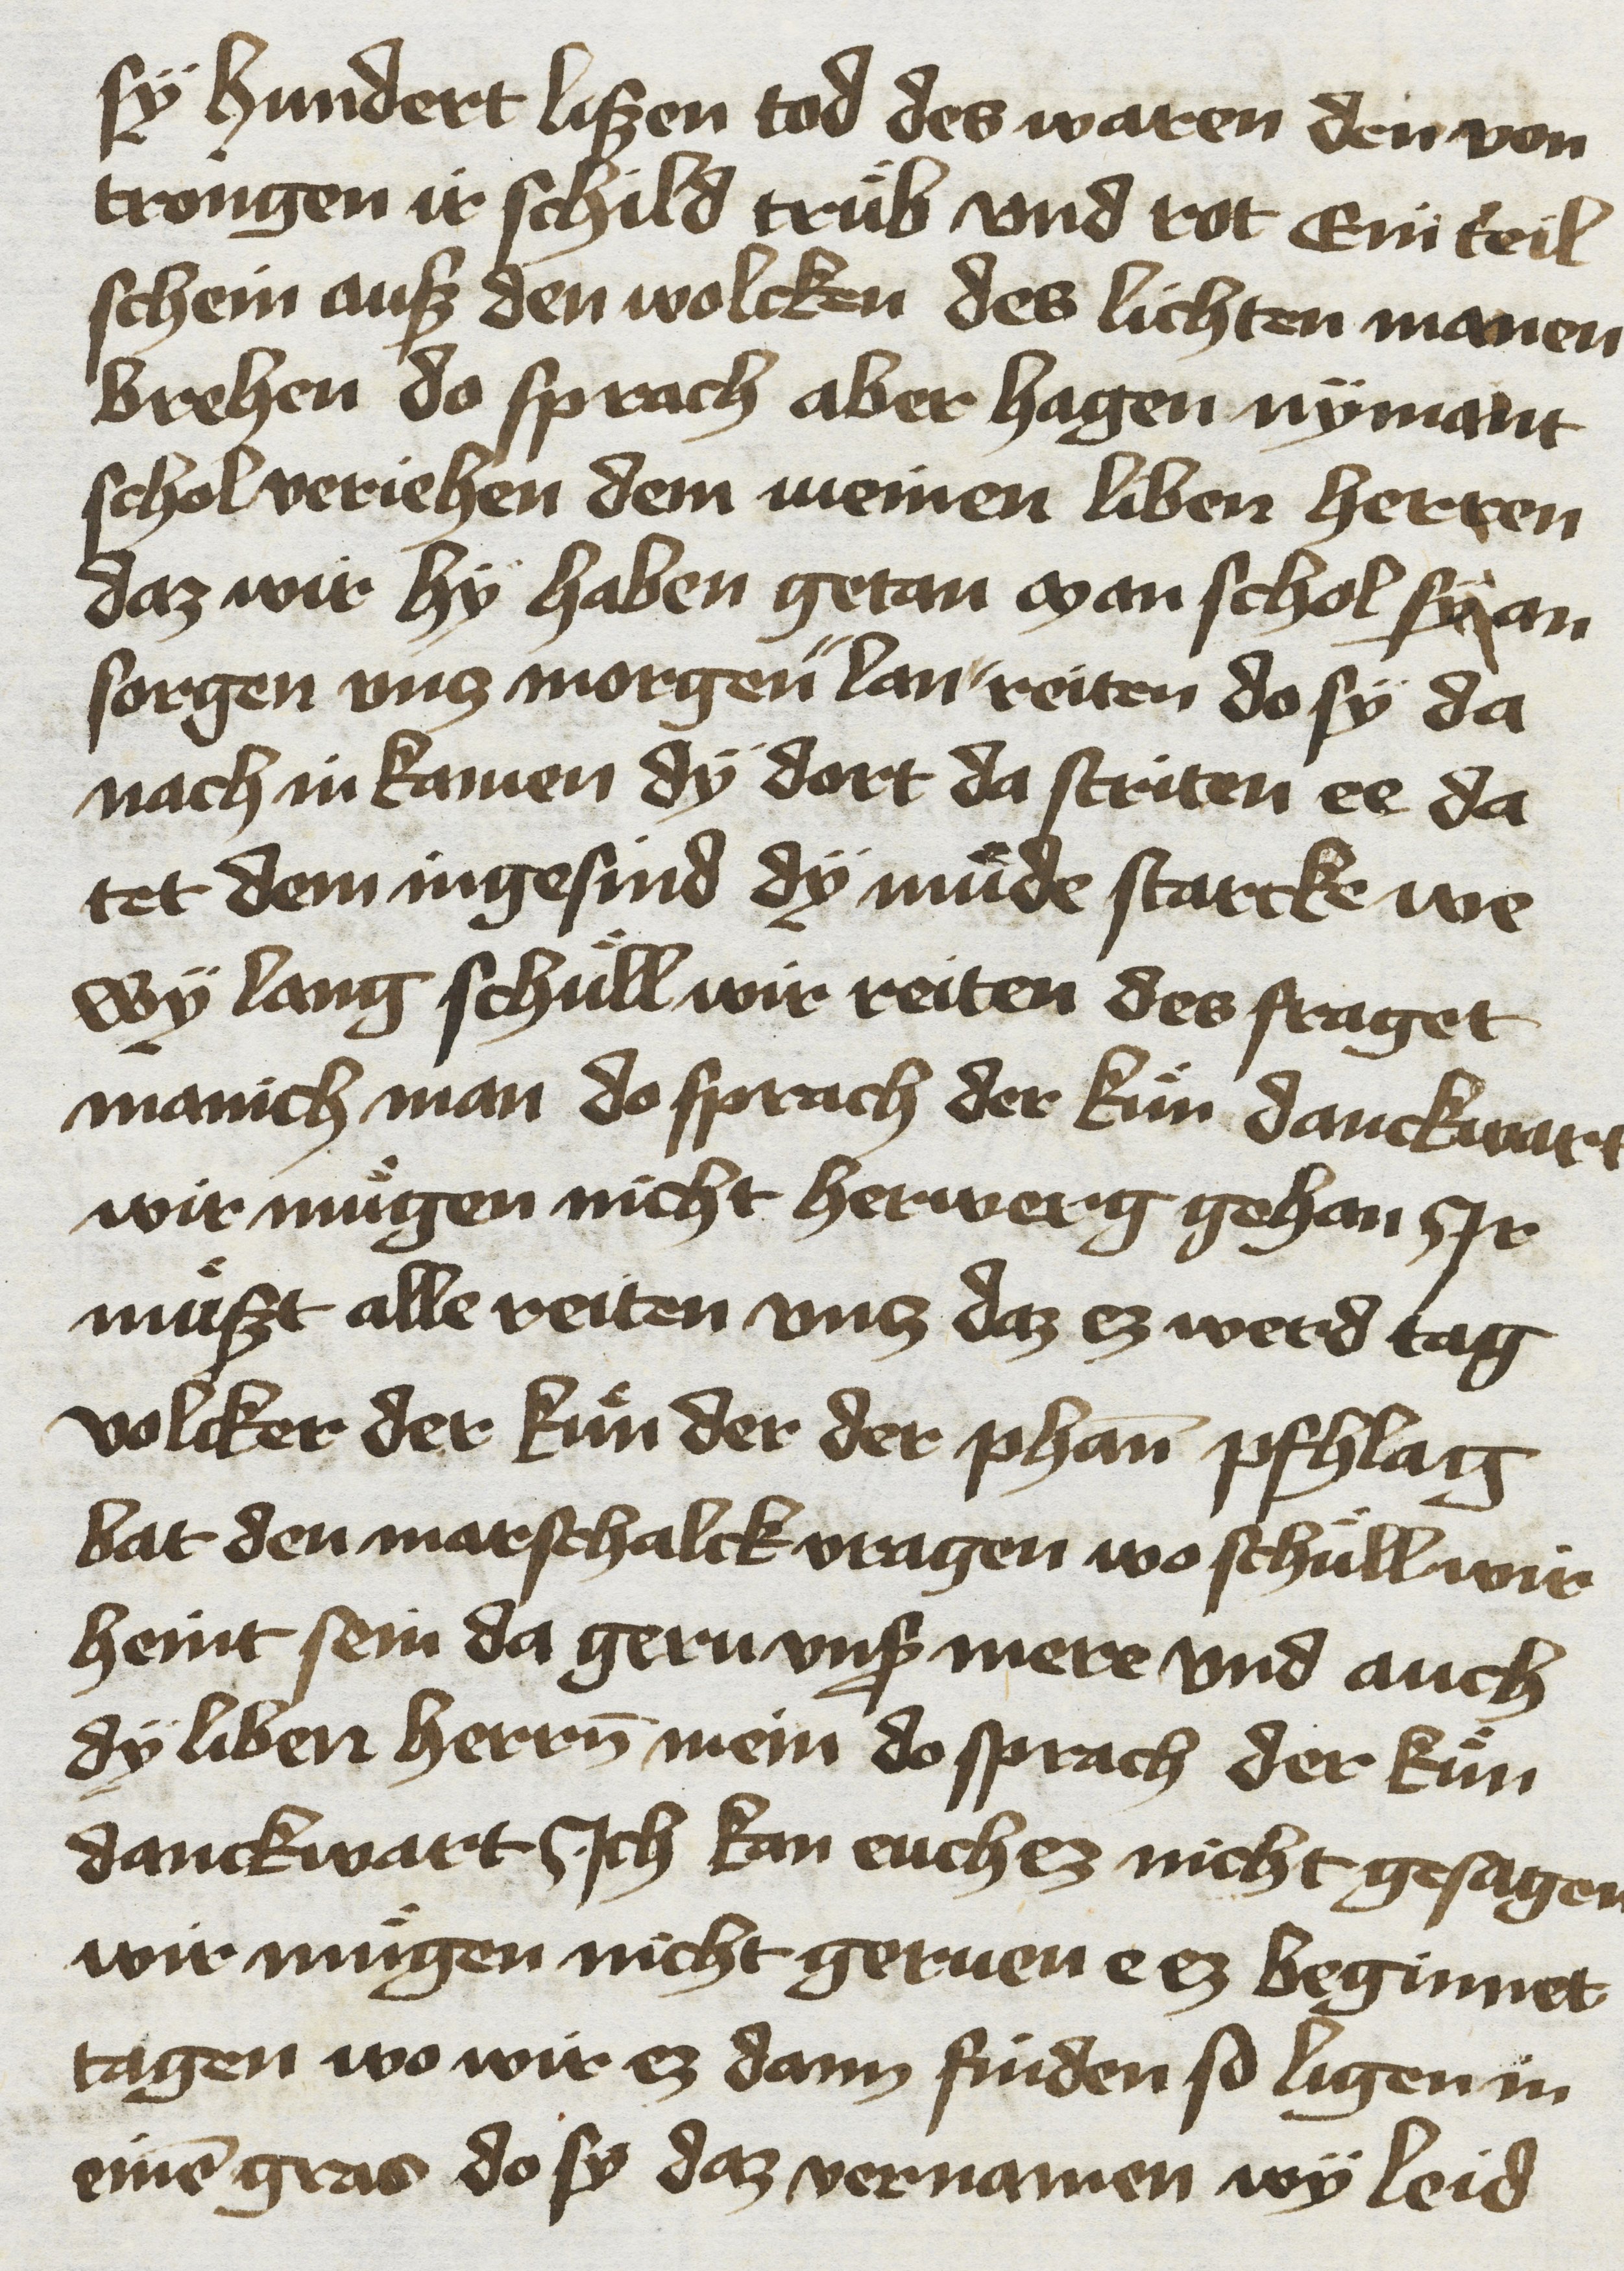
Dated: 1425–1449